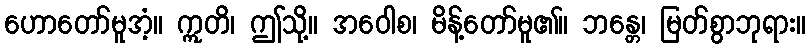
ဟောတော်မူအံ့။ ဣတိ၊ ဤသို့။ အဝေါစ၊ မိန့်တော်မူ၏။ ဘန္တေ၊ မြတ်စွာဘုရား။